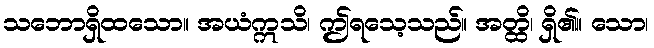
သဘောရှိထသော။ အယံဣသိ၊ ဤရသေ့သည်။ အတ္ထိ၊ ရှိ၏။ သော၊